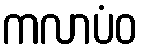
ကလာပံဝ